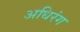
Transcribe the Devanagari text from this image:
अधिरंग